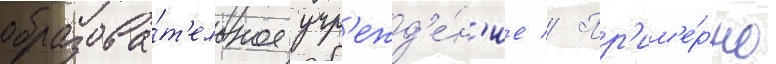
образова́т'ельное учр'ежд'е́н'ие // Пр'им'е́рно